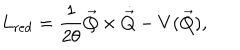
LaTeX: L _ { \mathrm { r e d } } = \frac { 1 } { 2 \theta } \vec { Q } \times \dot { \vec { Q } } - V ( \vec { Q } ) ,